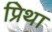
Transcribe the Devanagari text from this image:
प्रिथा